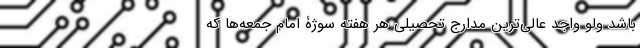
باشد ولو واجد عالی‌ترین مدارج تحصیلی هر هفته سوژۀ امام جمعه‌ها که